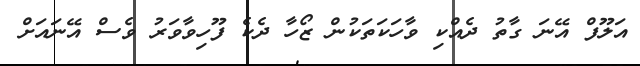
އަލޫފް އޭނަ ގާތު ދެއްކި ވާހަކަތަކުން ޒޯހާ ދެކެ ފޫހިވާވަރު ވެސް އޭނައަށް